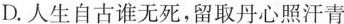
D.人生自古谁无死，留取丹心照汗青